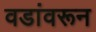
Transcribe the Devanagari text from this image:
वडांवरून